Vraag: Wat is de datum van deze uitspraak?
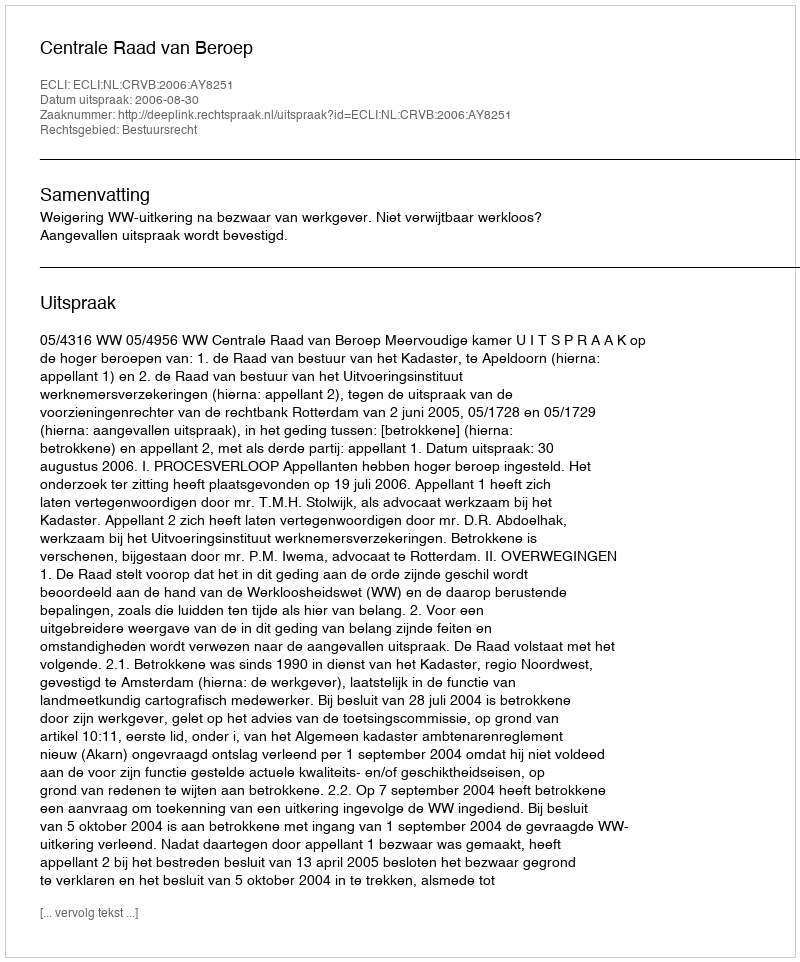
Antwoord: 2006-08-30